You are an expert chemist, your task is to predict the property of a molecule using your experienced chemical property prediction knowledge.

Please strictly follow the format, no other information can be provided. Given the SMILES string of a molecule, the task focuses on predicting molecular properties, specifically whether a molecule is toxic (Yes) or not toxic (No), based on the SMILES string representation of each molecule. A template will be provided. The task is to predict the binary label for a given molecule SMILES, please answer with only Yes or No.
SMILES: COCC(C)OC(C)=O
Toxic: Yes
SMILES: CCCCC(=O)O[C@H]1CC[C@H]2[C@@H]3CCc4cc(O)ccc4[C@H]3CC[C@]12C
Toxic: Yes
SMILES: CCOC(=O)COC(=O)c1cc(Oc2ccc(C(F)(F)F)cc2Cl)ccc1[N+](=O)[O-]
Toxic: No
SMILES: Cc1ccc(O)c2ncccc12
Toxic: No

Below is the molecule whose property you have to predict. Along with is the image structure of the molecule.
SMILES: Cc1nc(-c2ccc3c(c2)CCN(CCC2CCC(NC(=O)/C=C/c4ccc(F)cc4)CC2)CC3)no1
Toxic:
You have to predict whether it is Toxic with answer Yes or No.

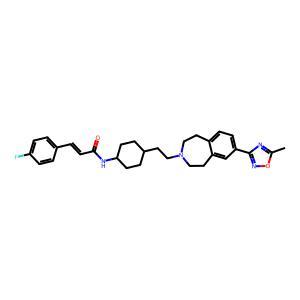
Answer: No